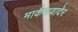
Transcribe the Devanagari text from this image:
मार्कसवादेर